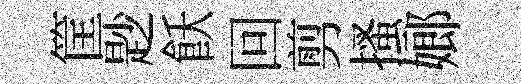
筐尟飫回剪搔嫏